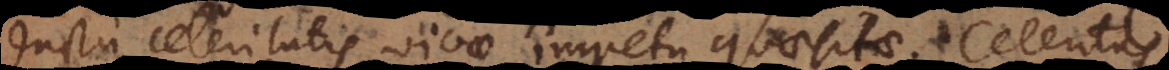
ductu celeritatis vivae impetu quaesitae